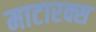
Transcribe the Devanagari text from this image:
माटारक्स